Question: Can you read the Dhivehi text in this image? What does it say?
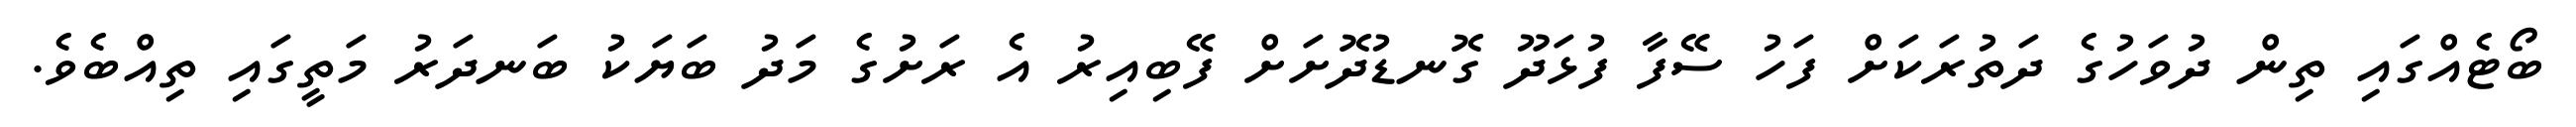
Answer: ބޯޓެއްގައި ތިން ދުވަހުގެ ދަތުރަކަށް ފަހު ސޭފާ ފުޅަދޫ ގޮނޑުދޮށަށް ފޭބިއިރު އެ ރަށުގެ މަދު ބަޔަކު ބަނދަރު މަތީގައި ތިއްބެވެ.